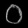
Digit: ၀